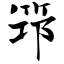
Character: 筇